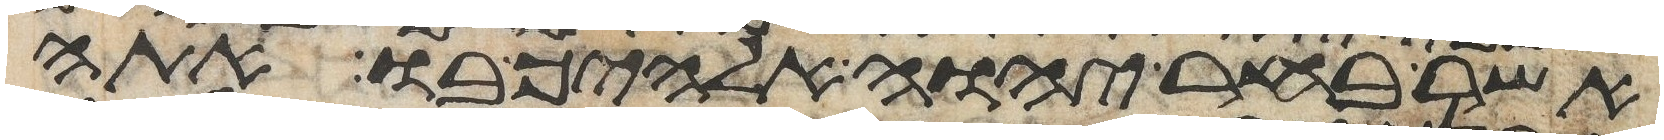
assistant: אשר בחר יהוה אלהיך בו אתה